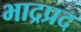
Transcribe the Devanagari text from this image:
भाद्रप्रद